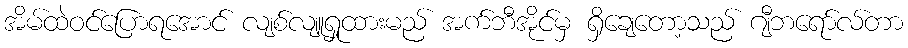
အိမ်ထဲဝင်ပြောရအောင် လျစ်လျူရှုထားမည် အက်ဘီအိုင်မှ ရှိချေတော့သည် ဂျီဘရော်လ်တာ